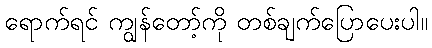
ရောက်ရင် ကျွန်တော့်ကို တစ်ချက်ပြောပေးပါ။